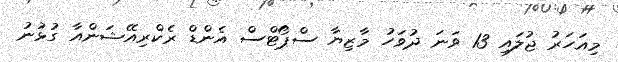
މިއަހަރު ޖުލައި 13 ވަނަ ދުވަހު މާޒިޔާ ސްޕޯޓްސް އެންޑް ރެކްރިއޭޝަންއާ ގުޅުނު